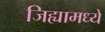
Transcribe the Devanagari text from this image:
जिह्यामध्ये